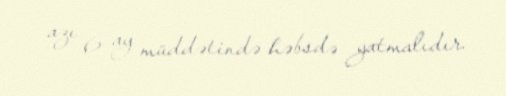
azı 6 ay müddətində həbsdə yatmalıdır.